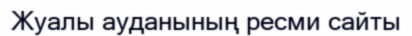
Жуалы ауданының ресми сайты